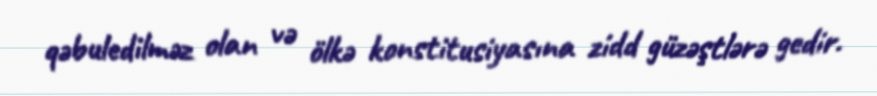
qəbuledilməz olan və ölkə konstitusiyasına zidd güzəştlərə gedir.